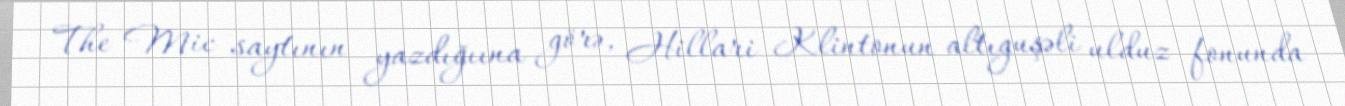
The Mic saytının yazdığıına görə, Hillari Klintonun altıguşəli ulduz fonunda